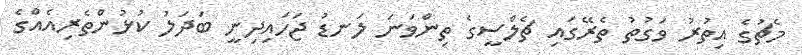
މެޗުގެ އިތުރު ވަގުތު ތެރޭގައި ޗެލްސީގެ ތިންވަނަ ލަނޑު ޖަހައިދިނީ ބަދަލު ކުޅުންތެރިއެއްގެ